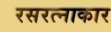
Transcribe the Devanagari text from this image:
रसरत्नाकार